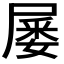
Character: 𡲹